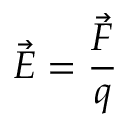
{ \vec { E } } = { \frac { \vec { F } } { q } }